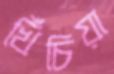
খিঁচিয়া